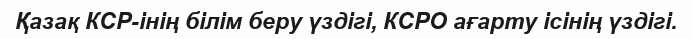
Қазақ КСР-інің білім беру үздігі, КСРО ағарту ісінің үздігі.